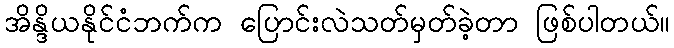
အိန္ဒိယနိုင်ငံဘက်က ပြောင်းလဲသတ်မှတ်ခဲ့တာ ဖြစ်ပါတယ်။